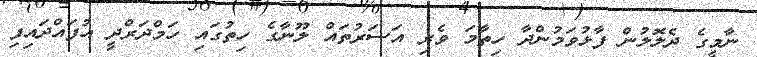
ނާމީގެ ދެލޮލުން ފާޅުވަމުންދާ ހިތާމަ ވެރި އަސަރުތައް ލޫނާގެ ހިތުގައި ހަމްދަރްދީ އުފައްދައިފި